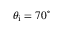
\theta _ { \mathrm { i } } = 7 0 ^ { \circ }